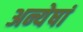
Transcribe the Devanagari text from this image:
अन्येषां